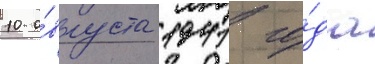
10 а́вгуста 1941 го́да